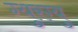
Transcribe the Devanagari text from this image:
ग्युरग्यु